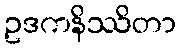
ဥဒကနိဿိတာ